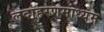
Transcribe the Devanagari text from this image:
लदाहरणमाध्यम